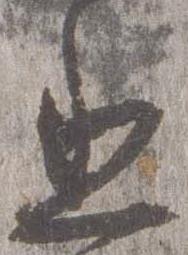
丞